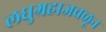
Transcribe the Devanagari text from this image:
लघुग्रहाजवळून